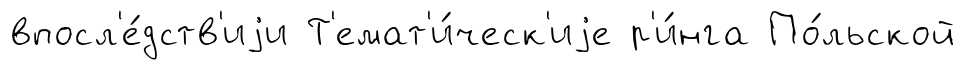
впосл'е́дств'иjи Т'емат'и́ческ'иjе р'и́нга По́льской